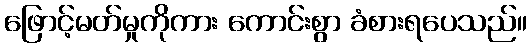
ဖြောင့်မတ်မှုကိုကား ကောင်းစွာ ခံစားရပေသည်။